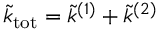
\tilde { k } _ { \mathrm { t o t } } = \tilde { k } ^ { ( 1 ) } + \tilde { k } ^ { ( 2 ) }